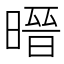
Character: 㬐